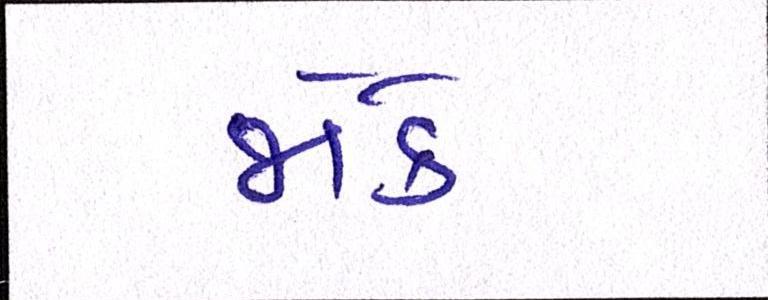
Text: જોકે